Insane asylums in Bengal annual reports 1867-1875 - 1867-1875
Year: 1867
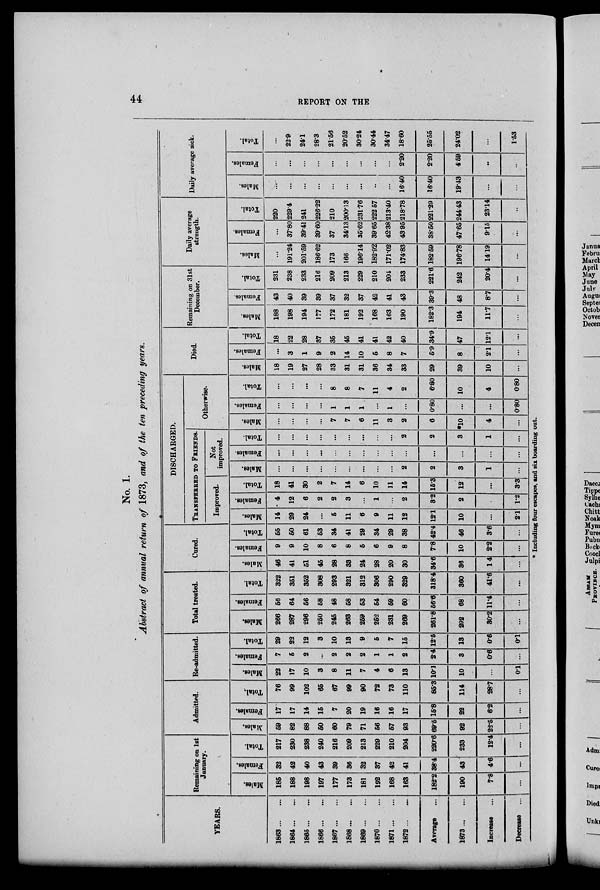
44 REPORT ON THE
No. 1.
Abstract of annual return of 1873, and of the ten preceding years.
DISCHARGED.
YEARS.
1863
...
...
1864
...
...
1865
...
...
1866 ...
...
1867
...
...
1868 ...
...
1869
...
...
1870
...
...
1871 ... ...
1872 ... ...
Average ...
1873
...
...
Increase ...
Decrease ...
Remaining on 1st
January.
Males.
185
188
198
197
177
173
181
192
168
163
182.2
190
7.8
...
Females.
32
42
40
43
39
36
32
37
42
41
38.4
43
4.6
...
Total.
217
230
238
240
216
200
213
229
210
204
220.6
233
12.4
...
Admitted.
Males.
59
82
88
50
60
79
71
56
57
93
69.5
92
22.5
...
Females.
17
17
14
15
7
20
19
16
16
17
15.8
22
6.2
...
Total.
76
99
102
65
67
99
90
72
73
110
85.3
114
28.7
...
Re-admitted.
Males.
22
17
10
3
8
11
7
4
6
13
10.1
10
...
0.1
Females.
7
5
2
...
2
2
2
1
1
2
2.4
3
0.6
...
Total.
29
22
12
3
10
13
9
5
7
15
12.5
13
0.6
0.1
Total treated.
Males.
266
287
296
250
245
263
259
252
231
269
261.8
292
30.2
...
Females.
56
64
56
58
48
58
53
54
59
60
56.6
68
11.4
...
Total.
322
351
352
306
293
321
312
306
290
329
318.4
360
41.6
...
Cured.
Males.
46
41
51
45
28
33
24
28
20
30
34.6
36
1.4
...
Females.
9
9
10
8
6
8
5
6
9
8
7.8
10
2.2
...
Total.
55
50
61
53
34
41
29
34
29
38
42.4
46
3.6
...
TRANSFERRED TO FRIENDS.
Improved.
Males.
14
29
24
...
5
11
6
9
11
12
12.1
10
...
2.1
Females.
4
12
6
2
2
3
...
1
...
2
3.2
2
...
1.2
Total.
18
41
30
2
7
14
6
10
11
14
15.3
12
...
3.3
Not
improved.
Males.
...
...
...
...
...
...
...
...
...
2
2
3
1
...
Females.
...
...
...
...
...
...
...
...
...
...
...
...
...
...
Total.
...
...
...
...
...
...
...
...
...
2
2
3
1
...
Otherwise.
Males.
...
...
...
...
7
7
6
11
3
2
6
*10
4
...
Females.
...
...
...
...
1
1
1
...
1
...
0.80
...
...
0.80
Total.
...
...
...
...
8
8
7
11
4
2
6.80
10
4
0.80
Died.
Males.
18
19
27
28
33
31
31
36
34
33
29
39
10
...
Females.
...
3
1
9
2
14
10
5
8
7
5.9
8
2.1
...
Total.
18
22
28
37
35
45
41
41
42
40
34.9
47
12.1
...
Remaining on 31st
December.
Males.
188
198
194
177
172
181
192
168
163
190
182.3
194
11.7
Females.
43
40
39
39
37
32
37
42
41
43
39.3
48
8.7
...
Total.
231
238
233
216
209
213
229
210
204
233
221.6
242
20.4
...
Daily average
strength.
Males.
...
191.24
201.59
186.62
173
166
196.14
182.92
171.02
174.83
182.59
196.78
14.19
...
Females.
...
37.80
39.41
39.60
37
34.13
35.62
39.65
42.38
43.95
38.50
47.65
9.15
...
Total.
220
229.4
241
226.22
210
200.13
231.76
222 .57
213.40
218.78
221.29
244.43
23.14
...
Daily average sick.
Males.
...
...
...
...
...
...
...
...
...
16.40
16.40
19.43
...
...
Females.
...
...
...
...
...
...
...
...
...
2.20
2.20
4.59
...
...
Total.
...
22.9
24.1
28.3
21.56
20.52
30.24
30.44
34.47
18.60
25.55
24.02
...
1.53
* Including four escapes, and six boarding out.